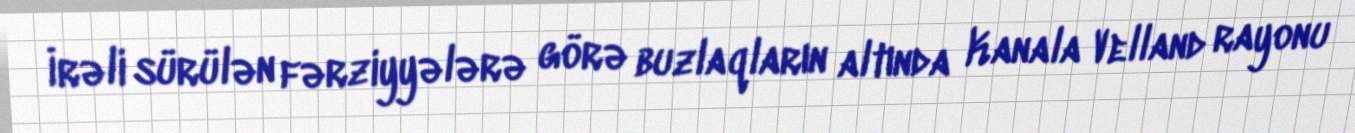
İrəli sürülən fərziyyələrə görə buzlaqların altında Kanala Velland rayonu